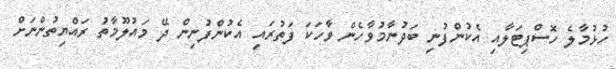
ހުޅުމާލެ ހޮސްޕިޓަލާއި އެކުންފުނި ބަދުނާމުވާހެން ވާހަކަ ފަތުރައި އެކުންފުނިން ދޭ މައުލޫމާތު ރައްޔިތުންނަށް